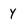
Character: y